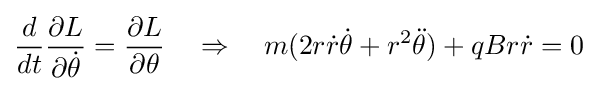
{\frac {d}{dt}}{\frac {\partial L}{\partial {\dot {\theta }}}}={\frac {\partial L}{\partial \theta }}\quad \Rightarrow \quad m(2r{\dot {r}}{\dot {\theta }}+r^{2}{\ddot {\theta }})+qBr{\dot {r}}=0